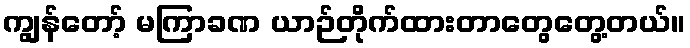
ကျွန်တော့် မကြာခဏ ယာဉ်တိုက်ထားတာတွေတွေ့တယ်။